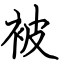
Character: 被